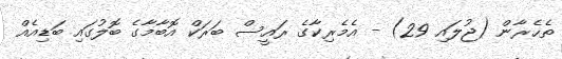
ތެހެރާން (ޖުލައި 29) - އެމެރިކާގެ ރައީސް ބަރަކް އޮބާމާގެ ބޮލުގައި ބަޑިއެއް